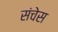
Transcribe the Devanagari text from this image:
संचेस